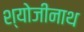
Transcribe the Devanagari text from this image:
श्योजीनाथ